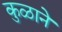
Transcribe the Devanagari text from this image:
कुळाने